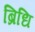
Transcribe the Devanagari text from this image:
ब्रिधि